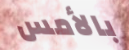
بالأمس